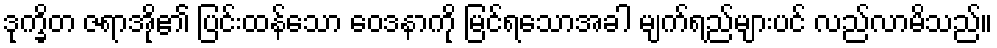
ဒုက္ခိတ ဇရာအို၏ ပြင်းထန်သော ဝေဒနာကို မြင်ရသောအခါ မျက်ရည်များပင် လည်လာမိသည်။